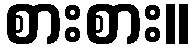
စားစား။